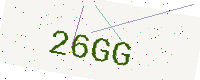
Text: 26GG